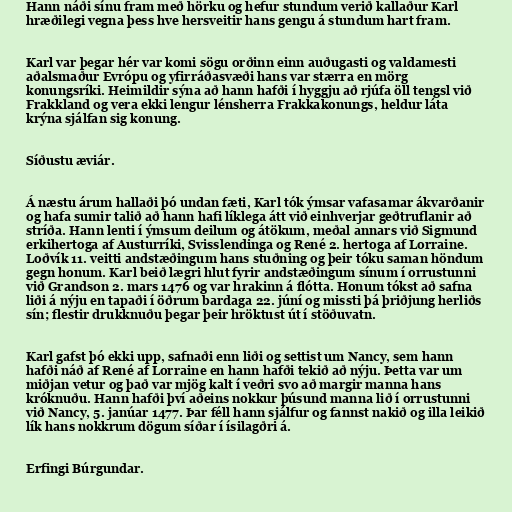
Hann náði sínu fram með hörku og hefur stundum verið kallaður Karl
hræðilegi vegna þess hve hersveitir hans gengu á stundum hart fram.

Karl var þegar hér var komi sögu orðinn einn auðugasti og valdamesti
aðalsmaður Evrópu og yfirráðasvæði hans var stærra en mörg
konungsríki. Heimildir sýna að hann hafði í hyggju að rjúfa öll tengsl við
Frakkland og vera ekki lengur lénsherra Frakkakonungs, heldur láta
krýna sjálfan sig konung.

Síðustu æviár.

Á næstu árum hallaði þó undan fæti, Karl tók ýmsar vafasamar ákvarðanir
og hafa sumir talið að hann hafi líklega átt við einhverjar geðtruflanir að
stríða. Hann lenti í ýmsum deilum og átökum, meðal annars við Sigmund
erkihertoga af Austurríki, Svisslendinga og René 2. hertoga af Lorraine.
Loðvík 11. veitti andstæðingum hans stuðning og þeir tóku saman höndum
gegn honum. Karl beið lægri hlut fyrir andstæðingum sínum í orrustunni
við Grandson 2. mars 1476 og var hrakinn á flótta. Honum tókst að safna
liði á nýju en tapaði í öðrum bardaga 22. júní og missti þá þriðjung herliðs
sín; flestir drukknuðu þegar þeir hröktust út í stöðuvatn.

Karl gafst þó ekki upp, safnaði enn liði og settist um Nancy, sem hann
hafði náð af René af Lorraine en hann hafði tekið að nýju. Þetta var um
miðjan vetur og það var mjög kalt í veðri svo að margir manna hans
króknuðu. Hann hafði því aðeins nokkur þúsund manna lið í orrustunni
við Nancy, 5. janúar 1477. Þar féll hann sjálfur og fannst nakið og illa leikið
lík hans nokkrum dögum síðar í ísilagðri á.

Erfingi Búrgundar.